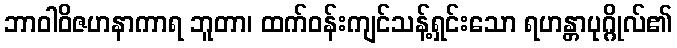
ဘာဝါဝိဇဟနာကာရ ဘူတာ၊ ထက်ဝန်းကျင်သန့်ရှင်းသော ရဟန္တာပုဂ္ဂိုလ်၏